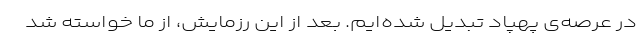
در عرصه‌ی پهپاد تبدیل شده‌ایم. بعد از این رزمایش، از ما خواسته شد